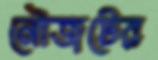
নৌজটের